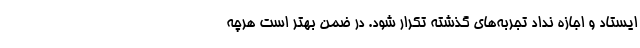
ایستاد و اجازه نداد تجربه‌های گذشته تکرار شود. در ضمن بهتر است هرچه